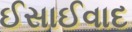
ઈસાઈવાદ